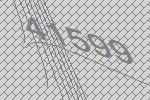
41599